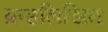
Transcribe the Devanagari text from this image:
ब्रम्हलिखित